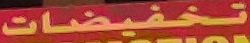
تخفيضات